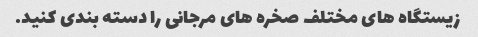
زیستگاه های مختلف صخره های مرجانی را دسته بندی کنید.